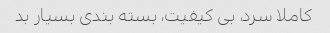
کاملا سرد، بی کیفیت، بسته بندی بسیار بد